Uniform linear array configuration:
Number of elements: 24
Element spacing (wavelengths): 0.75
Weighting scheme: hamming
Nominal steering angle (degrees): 60
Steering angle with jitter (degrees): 60.658
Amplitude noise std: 0.05
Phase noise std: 0.05

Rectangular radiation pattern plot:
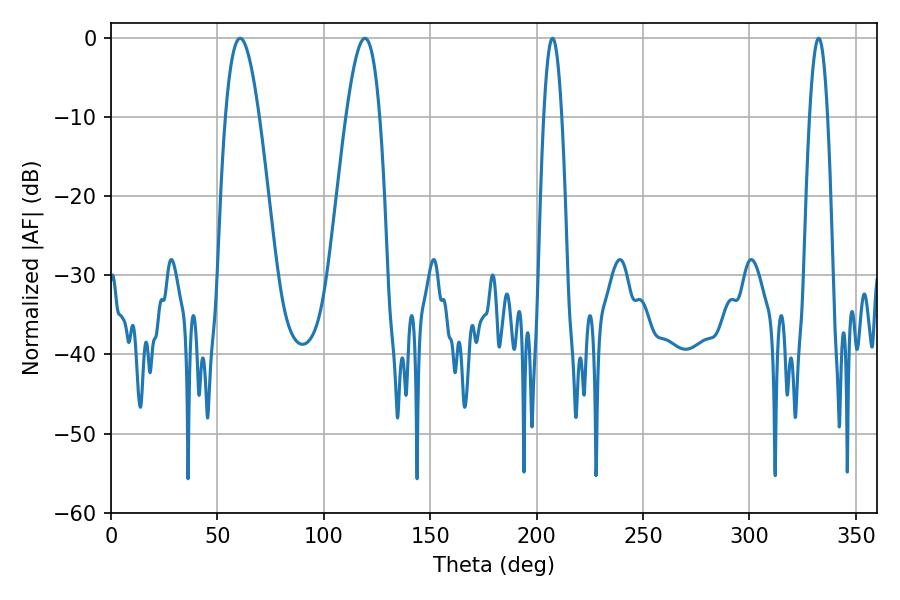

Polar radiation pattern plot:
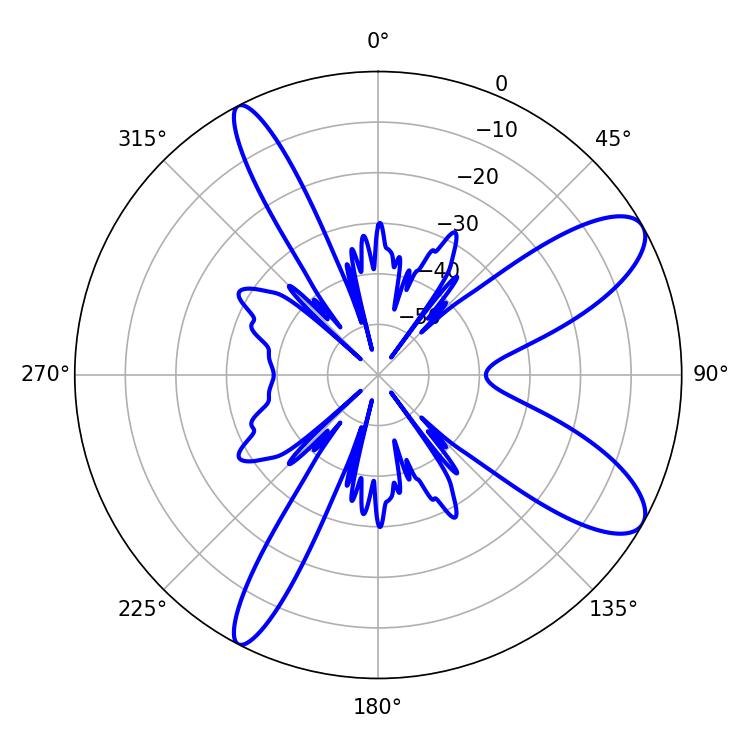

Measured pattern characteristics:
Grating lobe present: TRUE
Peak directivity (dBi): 9.91
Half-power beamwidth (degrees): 8.64
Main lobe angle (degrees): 60.66